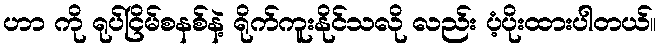
ဟာ ကို ရုပ်ငြိမ်စနစ်နဲ့ ရိုက်ကူးနိုင်သလို လည်း ပံ့ပိုးထားပါတယ်။